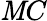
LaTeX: \mathit{M}C